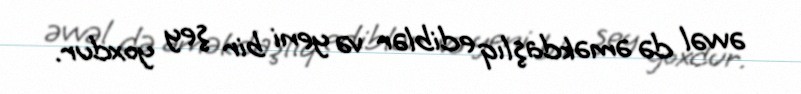
əvvəl də əməkdaşlıq ediblər və yeni bir şey yoxdur.